Annual statistical returns and brief notes on vaccination in Bengal - 1887-1898
Year: 1887
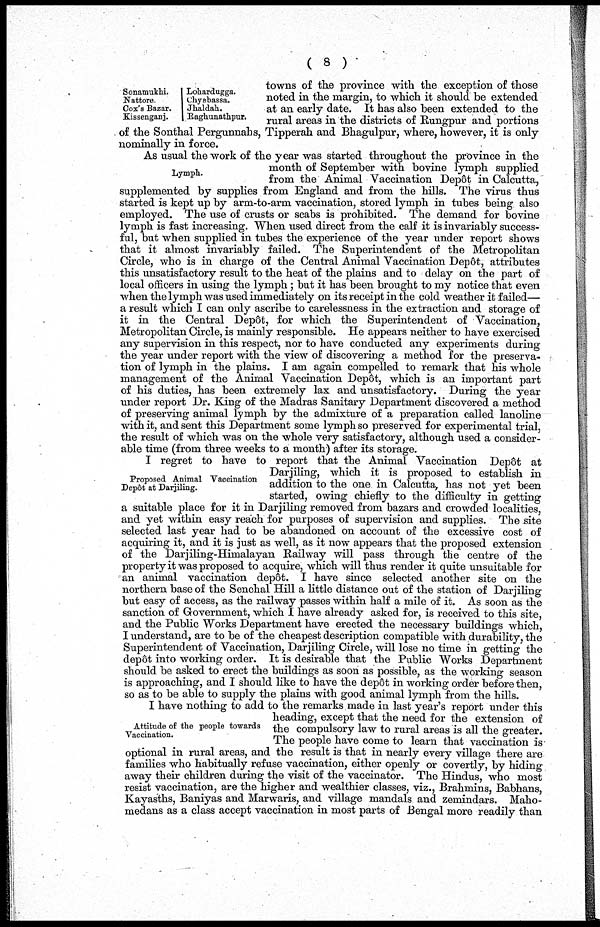
( 8 )
towns of the province with the exception of those
noted in the margin, to which it should be extended
at an early date. It has also been extended to the
rural areas in the districts of Rungpur and portions
of the Sonthal Pergunnahs, Tipperah and Bhagulpur, where, however, it is only
nominally in force.
Sonamukhi.
Nattore.
Cox's Bazar.
Kissenganj.
Lohardugga.
Chyebassa.
Jhaldah.
Raghunathpur.
Lymph.
As usual the work of the year was started throughout the province in the
month of September with bovine lymph supplied
from the Animal Vaccination Depôt in Calcutta,
supplemented by supplies from England and from the hills. The virus thus
started is kept up by arm-to-arm vaccination, stored lymph in tubes being also
employed. The use of crusts or scabs is prohibited. The demand for bovine
lymph is fast increasing. When used direct from the calf it is invariably success-
ful, but when supplied in tubes the experience of the year under report shows
that it almost invariably failed. The Superintendent of the Metropolitan
Circle, who is in charge of the Central Animal Vaccination Depôt , attributes
this unsatisfactory result to the heat of the plains and to delay on the part of
local officers in using the lymph ; but it has been brought to my notice that even
when the lymph was used immediately on its receipt in the cold weather it failed—
a result which I can only ascribe to carelessness in the extraction and storage of
it in the Central Depôt , for which the Superintendent of Vaccination,
Metropolitan Circle, is mainly responsible. He appears neither to have exercised
any supervision in this respect, nor to have conducted any experiments during
the year under report with the view of discovering a method for the preserva-
tion of lymph in the plains. I am again compelled to remark that his whole
management of the Animal Vaccination Depôt, which is an important part
of his duties, has been extremely lax and unsatisfactory. During the year
under report Dr. King of the Madras Sanitary Department discovered a method
of preserving animal lymph by the admixture of a preparation called lanoline
with it, and sent this Department some lymph so preserved for experimental trial,
the result of which was on the whole very satisfactory, although used a consider-
able time (from three weeks to a month) after its storage.
Proposed Animal Vaccination
depôt at Darjiling.
I regret to have to report that the Animal Vaccination depôt at
Darjiling, which it is proposed to establish in
addition to the one. in Calcutta, has not yet been
started, owing chiefly to the difficulty in getting
a suitable place for it in Darjiling removed from bazars and crowded localities,
and yet within easy reach for purposes of supervision and supplies. The site
selected last year had to be abandoned on account of the excessive cost of
acquiring it, and it is just as well, as it now appears that the proposed extension
of the Darjiling-Himalayan Railway will pass through the centre of the
property it was proposed to acquire, which will thus render it quite unsuitable for
an animal vaccination depôt . I have since selected another site on the
northern base of the Senchal Hill a little distance out of the station of Darjiling
but easy of access, as the railway passes within half a mile of it. As soon as the
sanction of Government, which I have already asked for, is received to this site,
and the Public Works Department have erected the necessary buildings which,
I understand, are to be of the cheapest description compatible with durability, the
Superintendent of Vaccination, Darjiling Circle, will lose no time in getting the
depôt into working order. It is desirable that the Public Works Department
should be asked to erect the buildings as soon as possible, as the working season
is approaching, and I should like to have the depôt in working order before then,
so as to be able to supply the plains with good animal lymph from the hills.
Attitude of the people towards
Vaccination.
I have nothing to add to the remarks made in last year's report under this
heading, except that the need for the extension of
the compulsory law to rural areas is all the greater.
The people have come to learn that vaccination is
optional in rural areas, and the result is that in nearly every village there are
families who habitually refuse vaccination, either openly or covertly, by hiding
away their children during the visit of the vaccinator. The Hindus, who most
resist vaccination, are the higher and wealthier classes, viz., Brahmins, Babhans,
Kayasths, Baniyas and Marwaris, and village mandals and zemindars. Maho-
medans as a class accept vaccination in most parts of Bengal more readily than